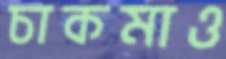
চাকমাও